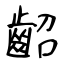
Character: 齠